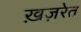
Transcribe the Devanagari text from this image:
ख़ज़रेत